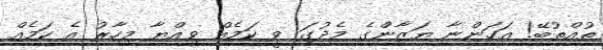
ތުއްތުބޭ! އަހަންނާ ޔަޒާންގެ މެދުގަ ވީ ކަމެއް ވިއްޔާ މިހާރު އެ ކަމެއް